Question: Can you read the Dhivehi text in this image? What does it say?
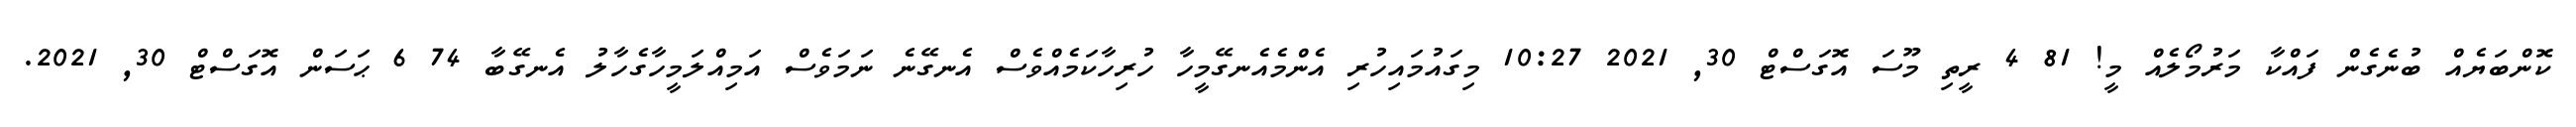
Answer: ކޮންބަޔެއް ބުނެގެން ފައްކާ މަރުމޯލެއް މީ! 81 4 ރީތި މޫސަ އޮގަސްޓް 30, 2021 10:27 މިގައުމައިހުރި އެންމެއެނގޭމީހާ ހުރިހާކަމެއްވެސް އެނގޭނެ ނަމަވެސް އަމިއްލަމީހާގެހާލު އެނގޭބާ 74 6 ޙަސަން އޮގަސްޓް 30, 2021.